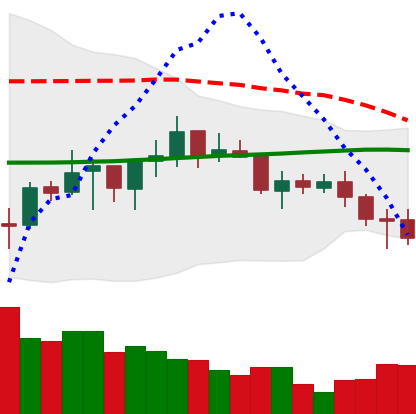
Ticker: ADA-USD
Chart end date: 2021-07-15
Forward return: -13.645%
Label: down_7plus